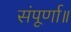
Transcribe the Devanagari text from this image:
संपूर्णा॥